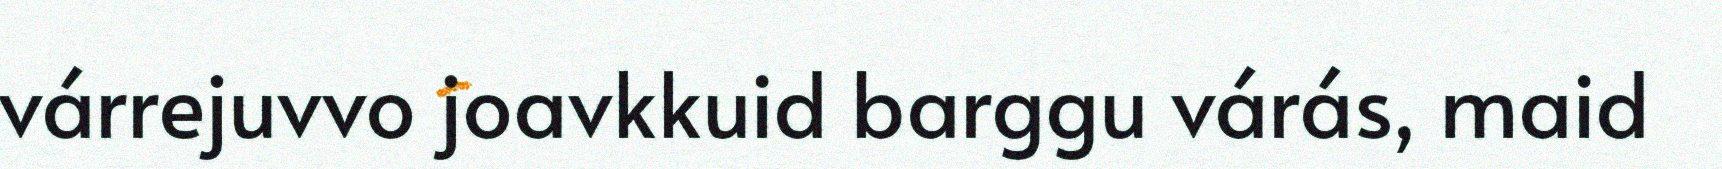
várrejuvvo joavkkuid barggu várás, maid